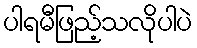
ပါရမီဖြည့်သလိုပါပဲ